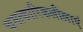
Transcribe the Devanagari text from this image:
चमत्कारिकलीलाएं